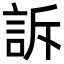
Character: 訴